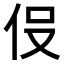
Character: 𬽹